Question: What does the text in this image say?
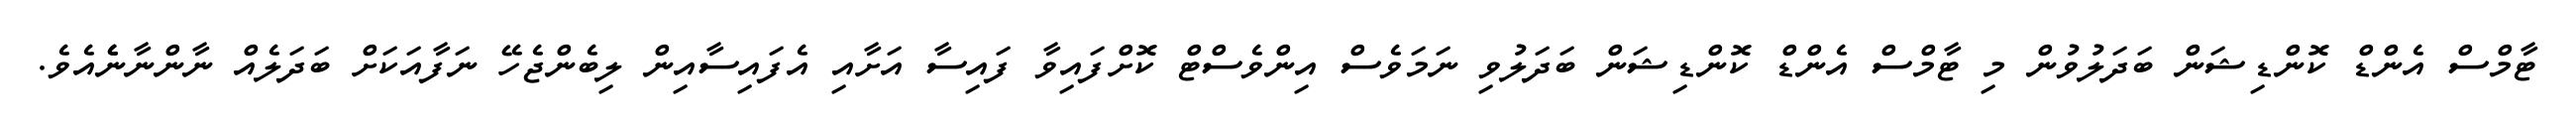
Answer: ޓާމްސް އެންޑް ކޮންޑިޝަން ބަދަލުވުން މި ޓާމްސް އެންޑް ކޮންޑިޝަން ބަދަލުވި ނަމަވެސް އިންވެސްޓް ކޮށްފައިވާ ފައިސާ އަށާއި އެފައިސާއިން ލިބެންޖެހޭ ނަފާއަކަށް ބަދަލެއް ނާންނާނެެއެވެ.